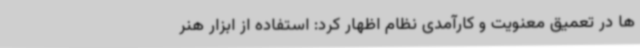
ها در تعمیق معنویت و کارآمدی نظام اظهار کرد: استفاده از ابزار هنر